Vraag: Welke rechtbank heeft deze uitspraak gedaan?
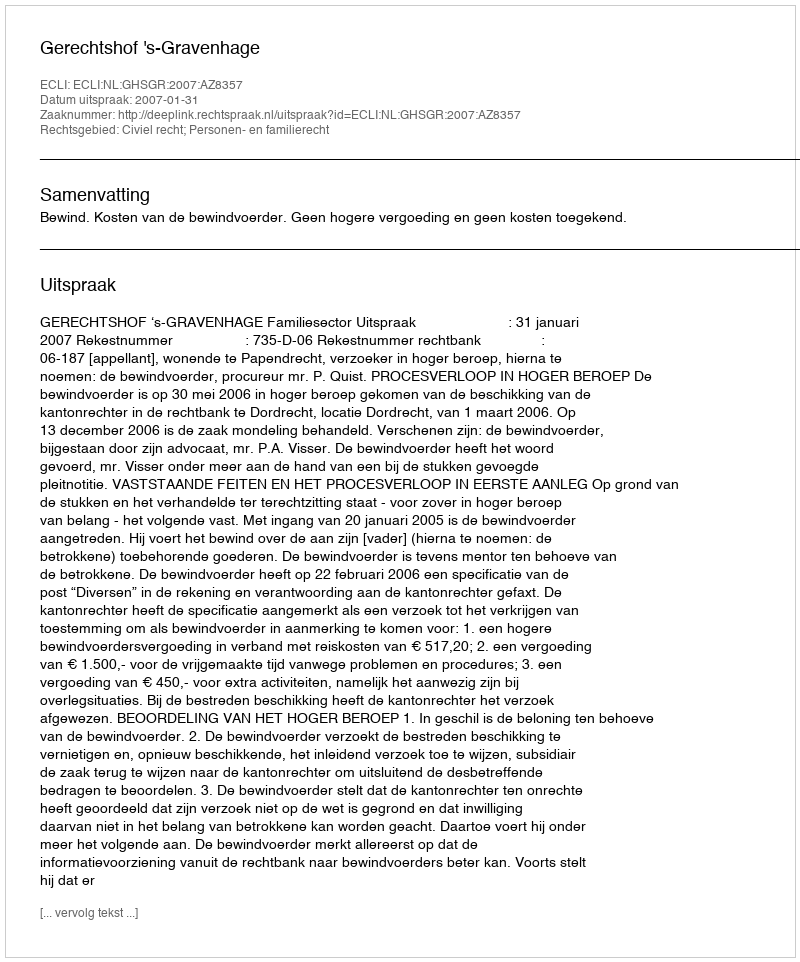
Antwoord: Gerechtshof 's-Gravenhage